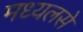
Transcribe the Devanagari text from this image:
मध्यलसे